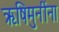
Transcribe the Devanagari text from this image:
ऋषिमुनींना